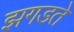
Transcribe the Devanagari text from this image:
झगडते